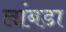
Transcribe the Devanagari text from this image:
लांबडा